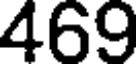
469